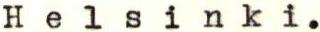
Helsinki.